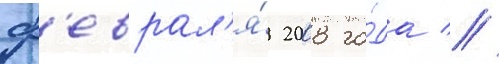
ф'еврал'я́ 2008 го́да //